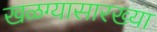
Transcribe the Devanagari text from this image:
खळग्यासारख्या